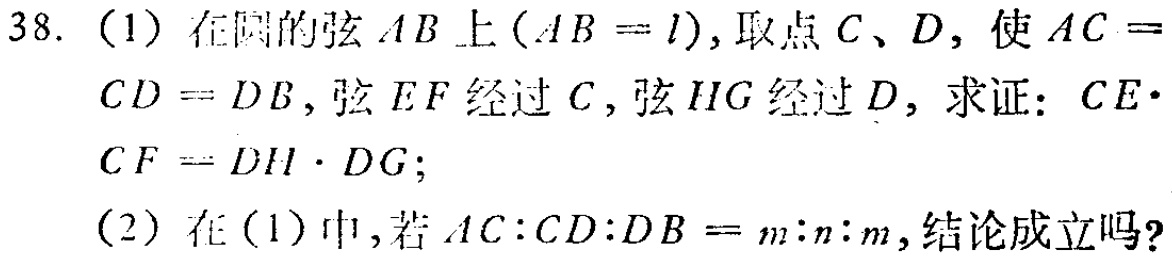
38. (1) 在圆的弦 \(AB\) 上 (\(AB = l\))，取点 \(C\)、\(D\)，使 \(AC =\)
\(CD = DB\)，弦 \(EF\) 经过 \(C\)，弦 \(HG\) 经过 \(D\)，求证：\(CE\cdot\)
\(CF = DH\cdot DG\)；
(2) 在 (1) 中，若 \(AC:CD:DB = m:n:m\)，结论成立吗？